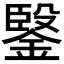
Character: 𲇔